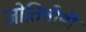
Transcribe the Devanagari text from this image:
जोतिषीही